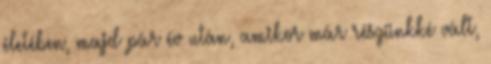
életében, majd pár év után, amikor már részünkké vált,